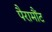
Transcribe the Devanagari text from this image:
पैरामौंट